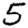
Digit: 5